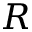
R